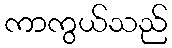
ကာကွယ်သည်